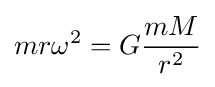
mr\omega ^{2}=G{\frac {mM}{r^{2}}}